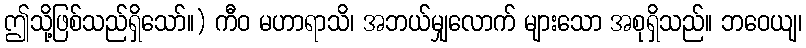
ဤသို့ဖြစ်သည်ရှိသော်။) ကီဝ မဟာရာသိ၊ အဘယ်မျှလောက် များသော အစုရှိသည်။ ဘဝေယျ၊